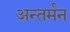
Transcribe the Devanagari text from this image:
अन्‍तर्मन